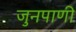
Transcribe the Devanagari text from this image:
जुनपाणी